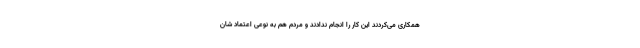
همکاری می‌کردند این کار را انجام ندادند و مردم هم به نوعی اعتماد شان